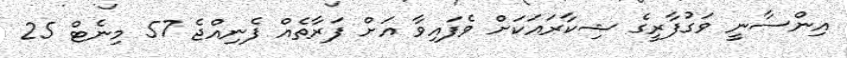
އިންސާނީ ވަގުފާރީގެ ޝިކާރައަކަށް ވެފައިވާ އަށް ފަރާތެއް ފެނިއްޖެ 57 މިނެޓް 25